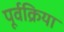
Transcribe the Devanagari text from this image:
पूर्वक्रिया